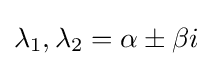
\lambda _{1},\lambda _{2}=\alpha \pm \beta i